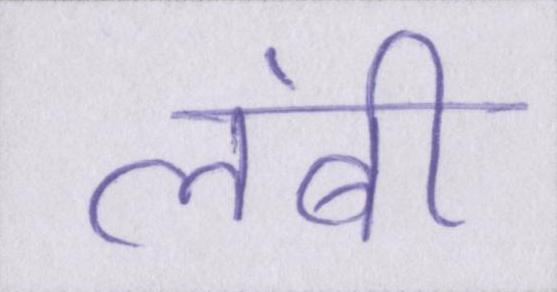
लंबी